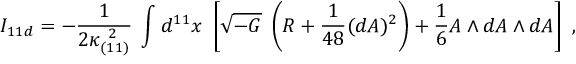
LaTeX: I _ { 1 1 d } = - { \frac { 1 } { 2 \kappa _ { ( 1 1 ) } ^ { \ 2 } } } \; \int d ^ { 1 1 } x \ \left[ \sqrt { - G } \; \left( R + { \frac { 1 } { 4 8 } } ( d A ) ^ { 2 } \right) + { \frac { 1 } { 6 } } A \wedge d A \wedge d A \right] \ ,